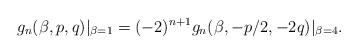
LaTeX: \begin{align*}g_n(\beta,p,q) |_{\beta = 1} = (-2)^{n+1}g_n(\beta,-p/2,-2q) |_{\beta = 4}. \end{align*}